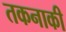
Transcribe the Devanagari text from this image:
तकनाकी